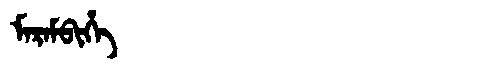
Manchu: ᠮᠠᡵᠠᠮᠪᡳᡥᡝ
Romanization: MARAMBIHE